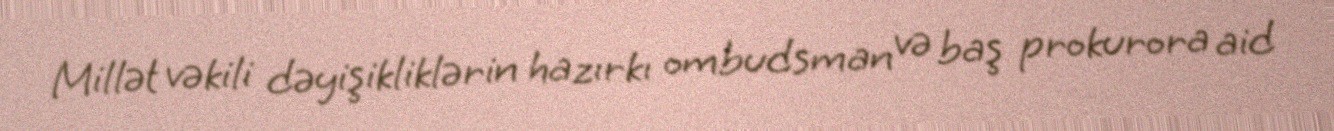
Millət vəkili dəyişikliklərin hazırkı ombudsman və baş prokurora aid